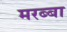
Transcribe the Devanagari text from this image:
मरब्बा